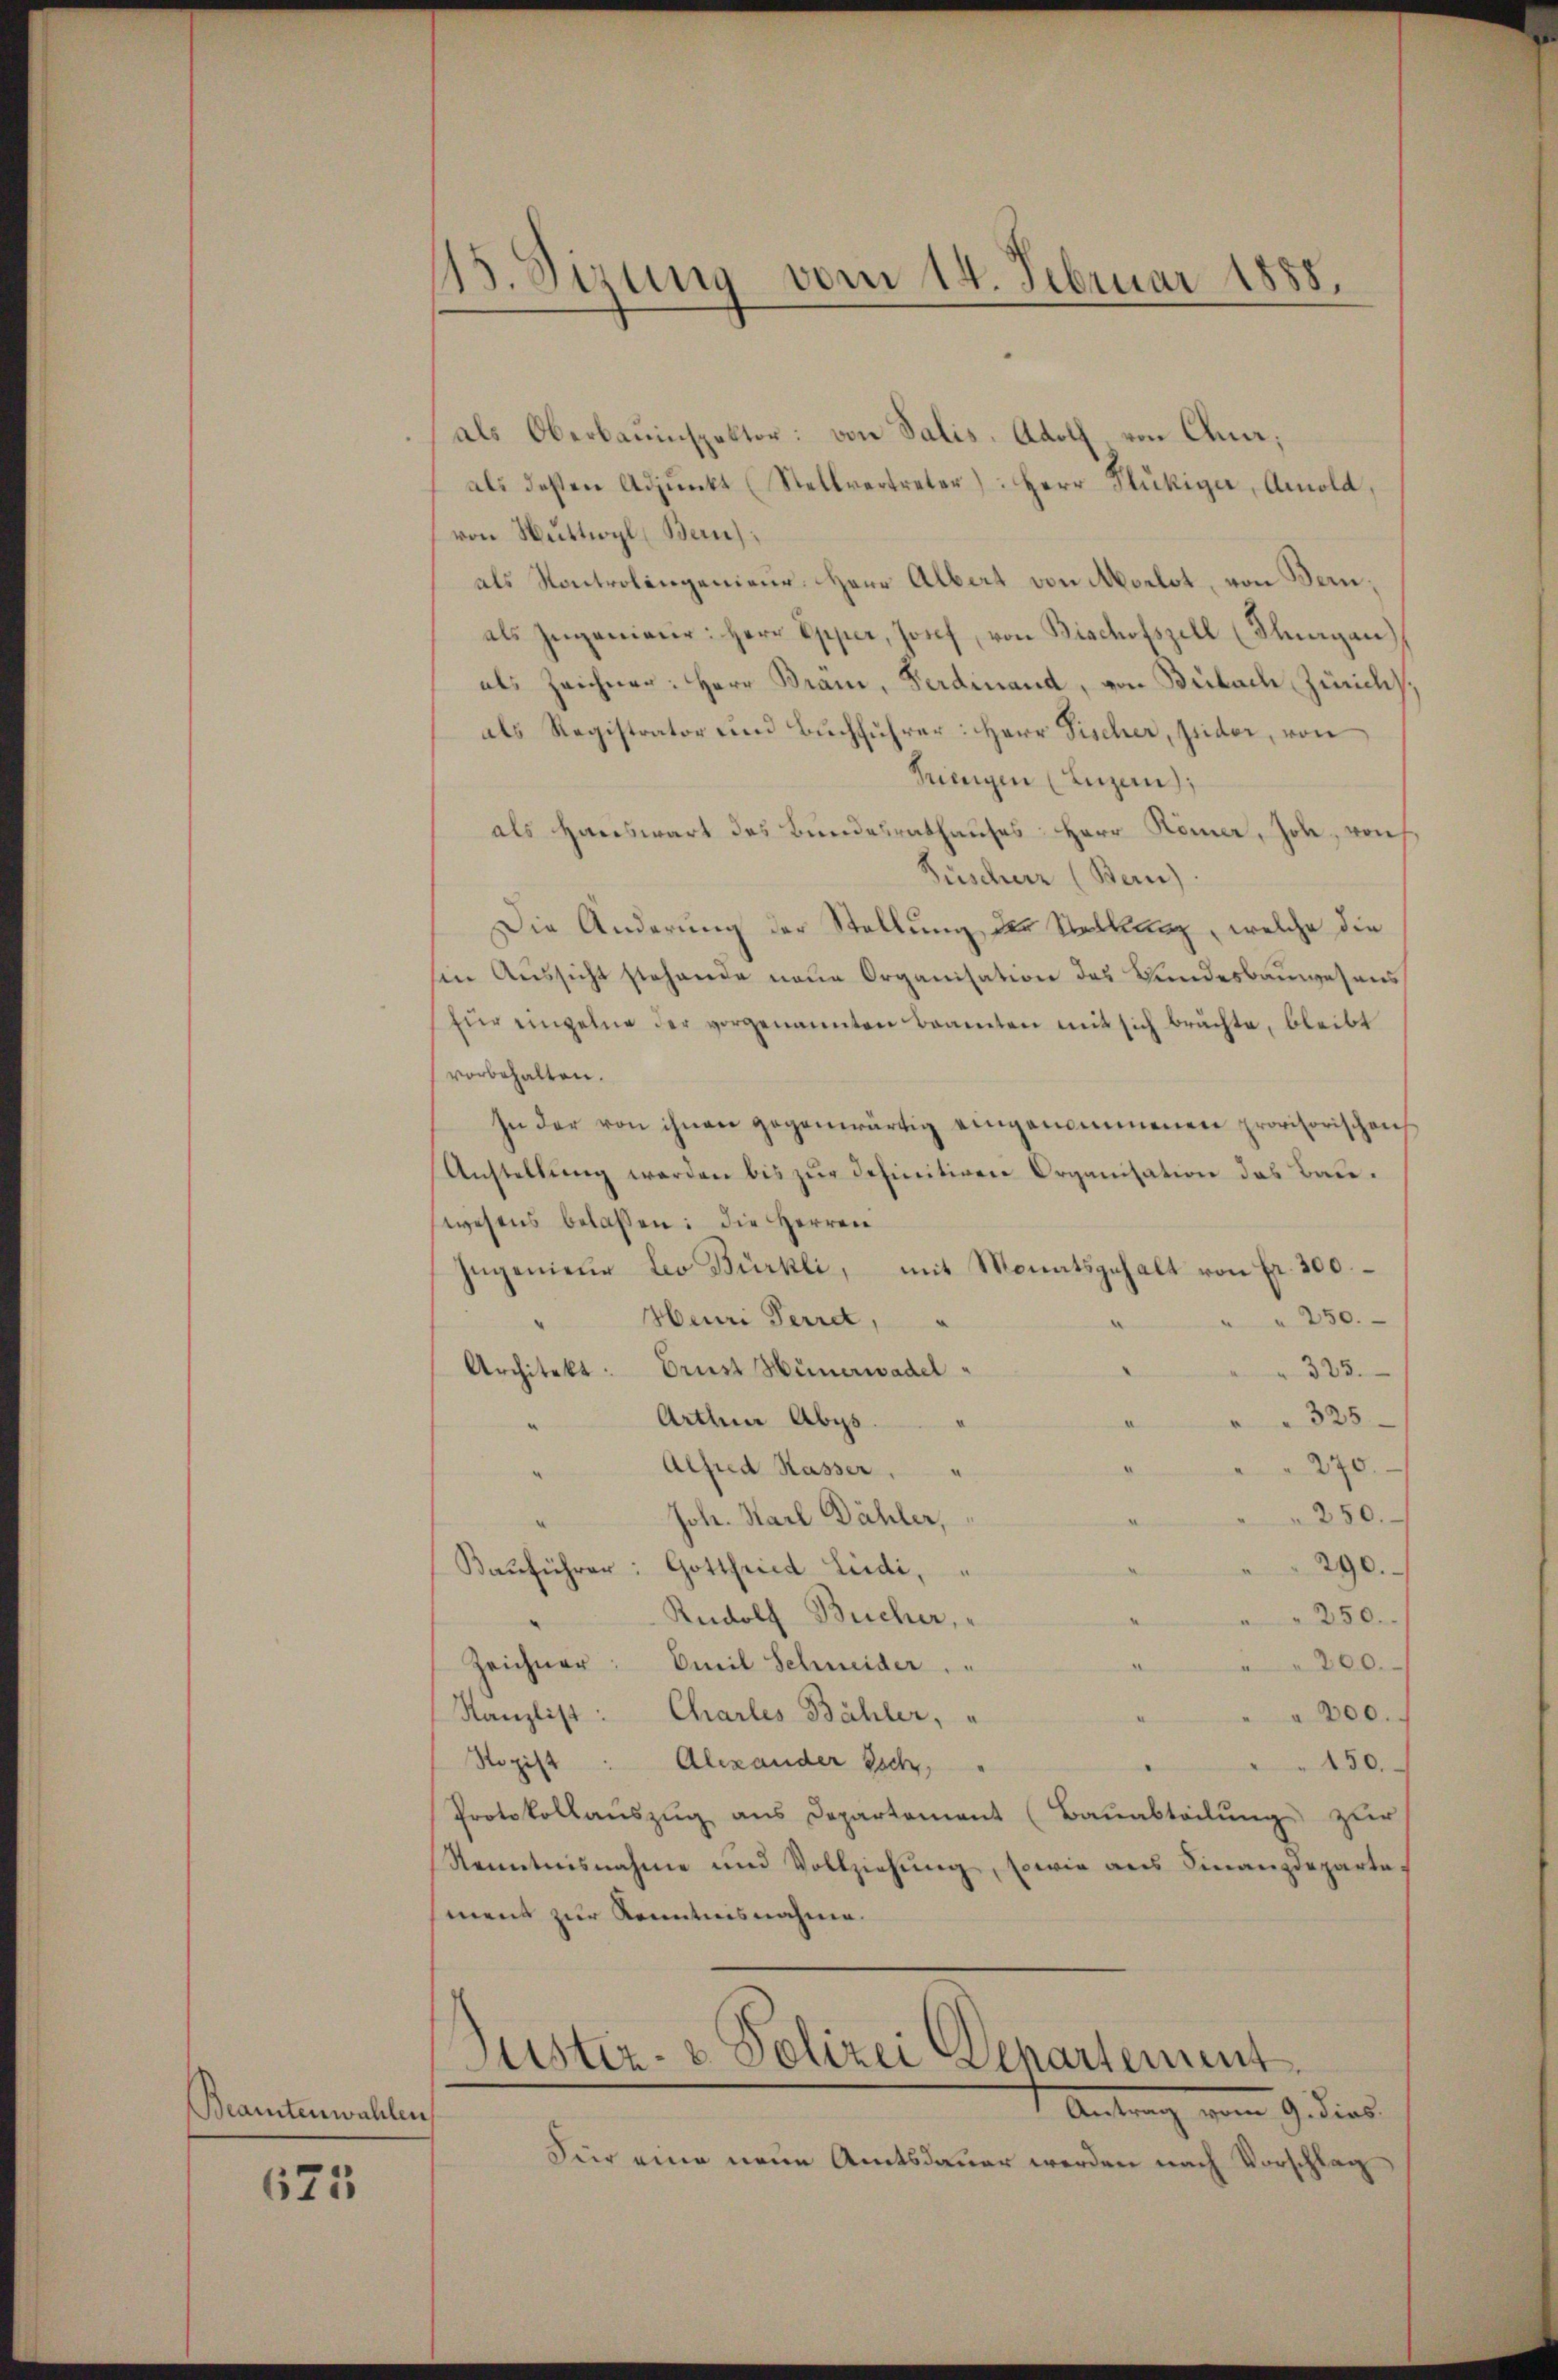
Beamtenwahlen,

625

15. Sirung vom 14. Februar 1888.

als Oberbauinspektor: von Salis, Adolf, von Ana;
als deßen Adjunkt (Stellvertreter: Herr Flückiger, Amold,
von Nuttwyl (Bern;
als Kontrolingenieur Herr Albert von Morlot, von Bern,
als Ingenianer: Herr Opper, Josef von Bischofszell (Thurgau)
als Zeichner: Herr Bräm, Ferdinand, von Bülach Zürich,
als Registrator und Buchführer: Herr Fischer, seider, von
Fringen (Luzern,
als Hauswart des Bundesrathauses: Herr Römer, Joh, auf
Füscher (Bern)
Die Änderung der Stellung der Stellanz, welche die
sin Aussicht stehende neue Organisation des Bundesbauwesens
(für einzelne der vorgenannten Beamten mit sich brächte, bleibt
vorbehalten.
In der von ihnen gegenwärtig eingenommenen provisorischen
Anstellŭng werden bis zŭr definitiven Organisation das Bauwesens belassen: die Herren
Ingenieur Leo Bürkli, mit Monatsgehalt von Fr. 300.
 250.
Heuri Perret,
323.
Architekt: Ernst Hünerwadel¬
325
Arthner Abgs.
u
270.
Alfred Kasser,
250.
Joh. Karl Dähler,
290.
Bauführer: Gottfried Liedi,
Rudolf Bucher,
250.
Zeichner: Emil Schneider
200.
Kanzlist: Charles Bähler,
e
200.
Ropist: Alexander sich,
150.
Protokollauszug aus Departement (Bauabteilung zur
Kenntnisnahme und Vollziehung, sowie aus Finanzdepartemens zur Kenntnisnahme.
Justiz- & Polizei Departement
 Antrag vom 9. dies
Für eine neue Amtsdauer werden nach Vorschlag